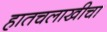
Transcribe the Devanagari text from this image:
हातचलाखीचा